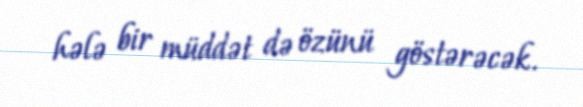
hələ bir müddət də özünü göstərəcək.